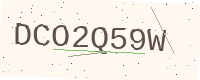
Text: DCO2Q59W